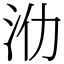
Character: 𣲒